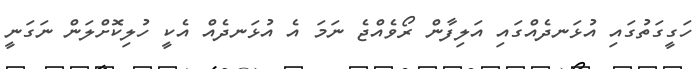
ހަގީގަތުގައި އުޅަނދެއްގައި އަލިފާން ރޯވެއްޖެ ނަމަ އެ އުޅަނދެއް އެކީ ހުލިކޮށްލަން ނަގަނީ